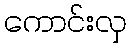
ကောင်းလှ